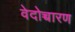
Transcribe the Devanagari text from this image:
वेदोच्चारण